Civil Veterinary Dept. Bombay admin report 1923-31 - 1923-1931
Year: 1923
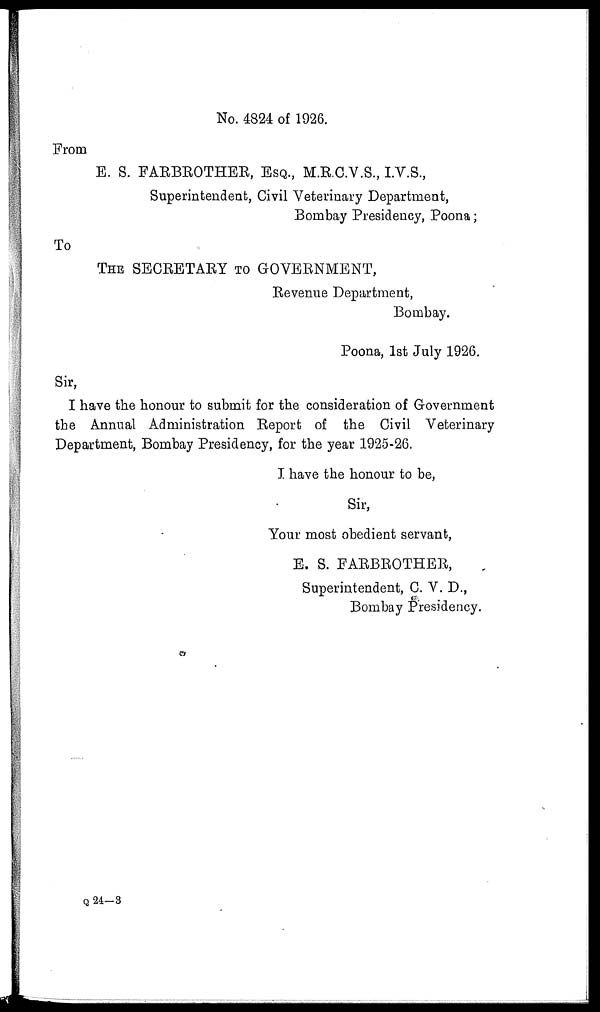
No. 4824 of 1926.
From
E. S. FAEBROTHER, ESQ., M.R.C.V.S., I.V.S.,
Superintendent, Civil Veterinary Department,
Bombay Presidency, Poona;
To
THE SECRETARY TO GOVERNMENT,
Revenue Department,
Bombay.
Poona, 1st July 1926.
Sir,
I have the honour to submit for the consideration of Government
the Annual Administration Report of the Civil Veterinary
Department, Bombay Presidency, for the year 1925-26.
I have the honour to be,
Sir,
Your most obedient servant,
E. S. FARBROTHER,
Superintendent, C. V. D.,
Bombay Presidency.
Q 24-3